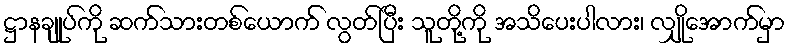
ဋ္ဌာနချုပ်ကို ဆက်သားတစ်ယောက် လွတ်ပြီး သူတို့ကို အသိပေးပါလား၊ လျှိုအောက်မှာ